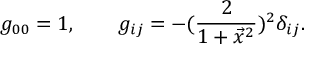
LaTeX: g _ { 0 0 } = 1 , \qquad g _ { i j } = - ( { \frac { 2 } { 1 + \vec { x } ^ { 2 } } } ) ^ { 2 } \delta _ { i j } .